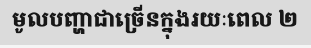
មូលបញ្ហាជាច្រើនក្នុងរយៈពេល ២